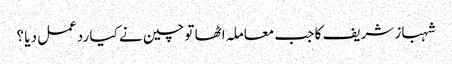
شہباز شریف کا جب معاملہ اٹھا تو چین نے کیا ردعمل دیا ؟